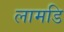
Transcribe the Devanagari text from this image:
लामडि